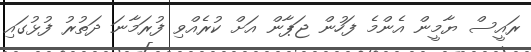
ރައީސް ޔާމީން އެންމެ ފަހުން ޖަޕާން އަށް ކުރެއްވި ފުރަމާނަ ދަތުރު ފުޅުގައި